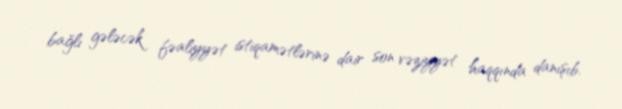
bağlı gələcək fəaliyyət istiqamətlərinə dair son vəziyyət haqqında danışıb.